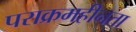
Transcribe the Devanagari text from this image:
पराक्रमहीनता